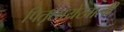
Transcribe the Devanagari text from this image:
पितृछायेखाली